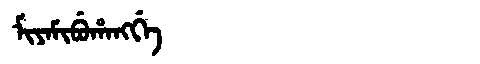
Manchu: ᠮᡳᠶᠠᠮᡳᠪᡠᡥᠠᠩᡤᡝ
Romanization: MIYAMIBUHANGGE